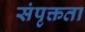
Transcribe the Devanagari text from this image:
संपृक्तता